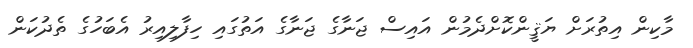
މާކިން އިތުރަށް ޔަޤީންކޮށްދެމުން އައިސް ޖަނާގެ ޖަނާގެ އަތުގައި ހިފާލިއިރު އެބަހުގެ ތެދުކަން